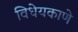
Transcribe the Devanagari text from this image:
विधेयकाणे